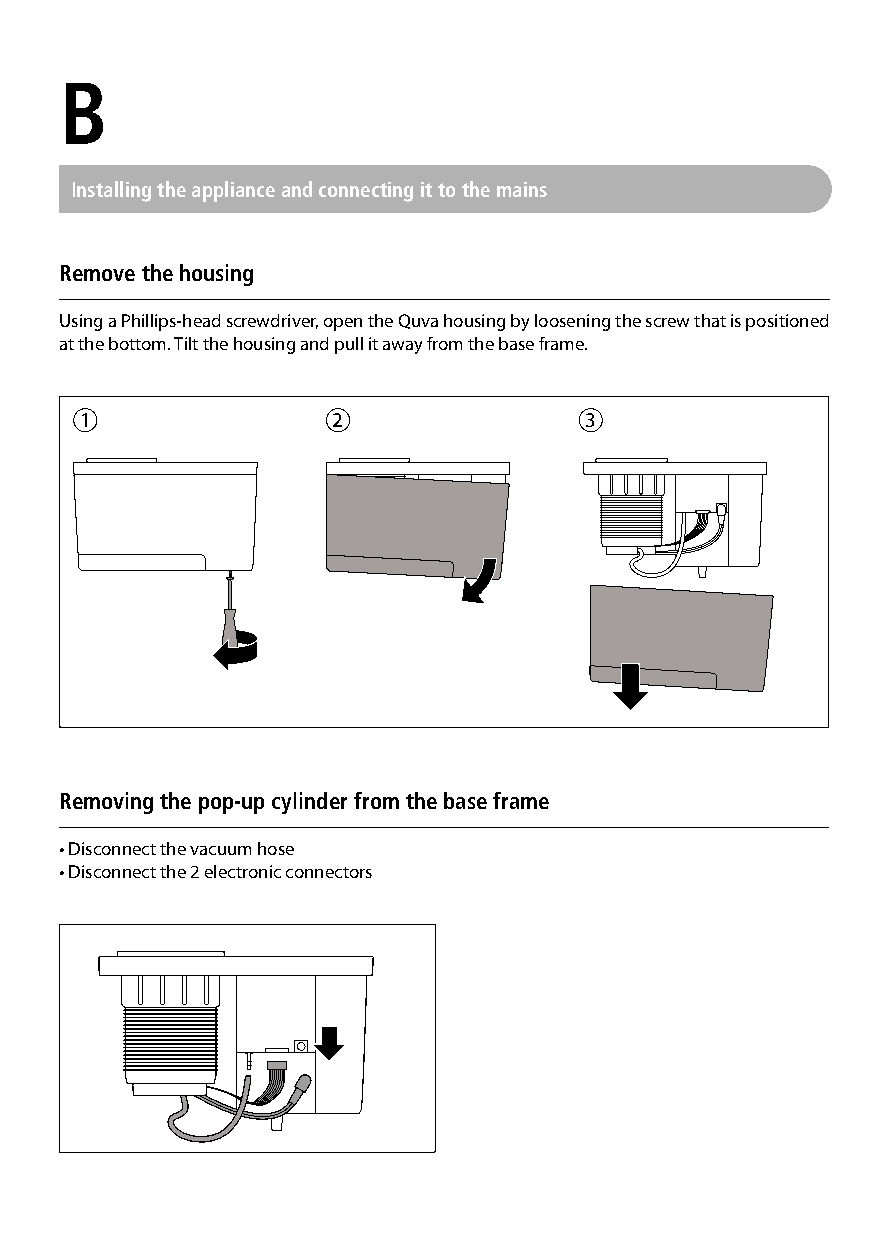
B
 Installing the appliance and connecting it to the mains
 Remove the housing
 Using a Phillips-head screwdriver, open the Quva housing by loosening the screw that is positioned
 at the bottom. Tilt the housing and pull it away from the base frame.
 1                2                3
 Removing the pop-up cylinder from the base frame
 • Disconnect the vacuum hose
 • Disconnect the 2 electronic connectors